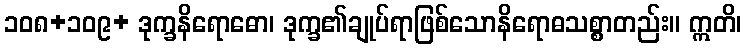
၁၀၈+၁၀၉+ ဒုက္ခနိရောဓော၊ ဒုက္ခ၏ချုပ်ရာဖြစ်သောနိရောဓသစ္စာတည်း။ ဣတိ၊